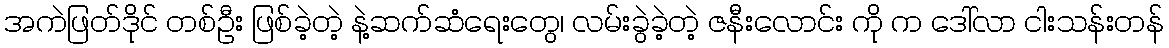
အကဲဖြတ်ဒိုင် တစ်ဦး ဖြစ်ခဲ့တဲ့ နဲ့ဆက်ဆံရေးတွေ၊ လမ်းခွဲခဲ့တဲ့ ဇနီးလောင်း ကို က ဒေါ်လာ ငါးသန်းတန်